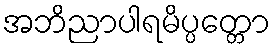
အဘိညာပါရမိပ္ပတ္တော